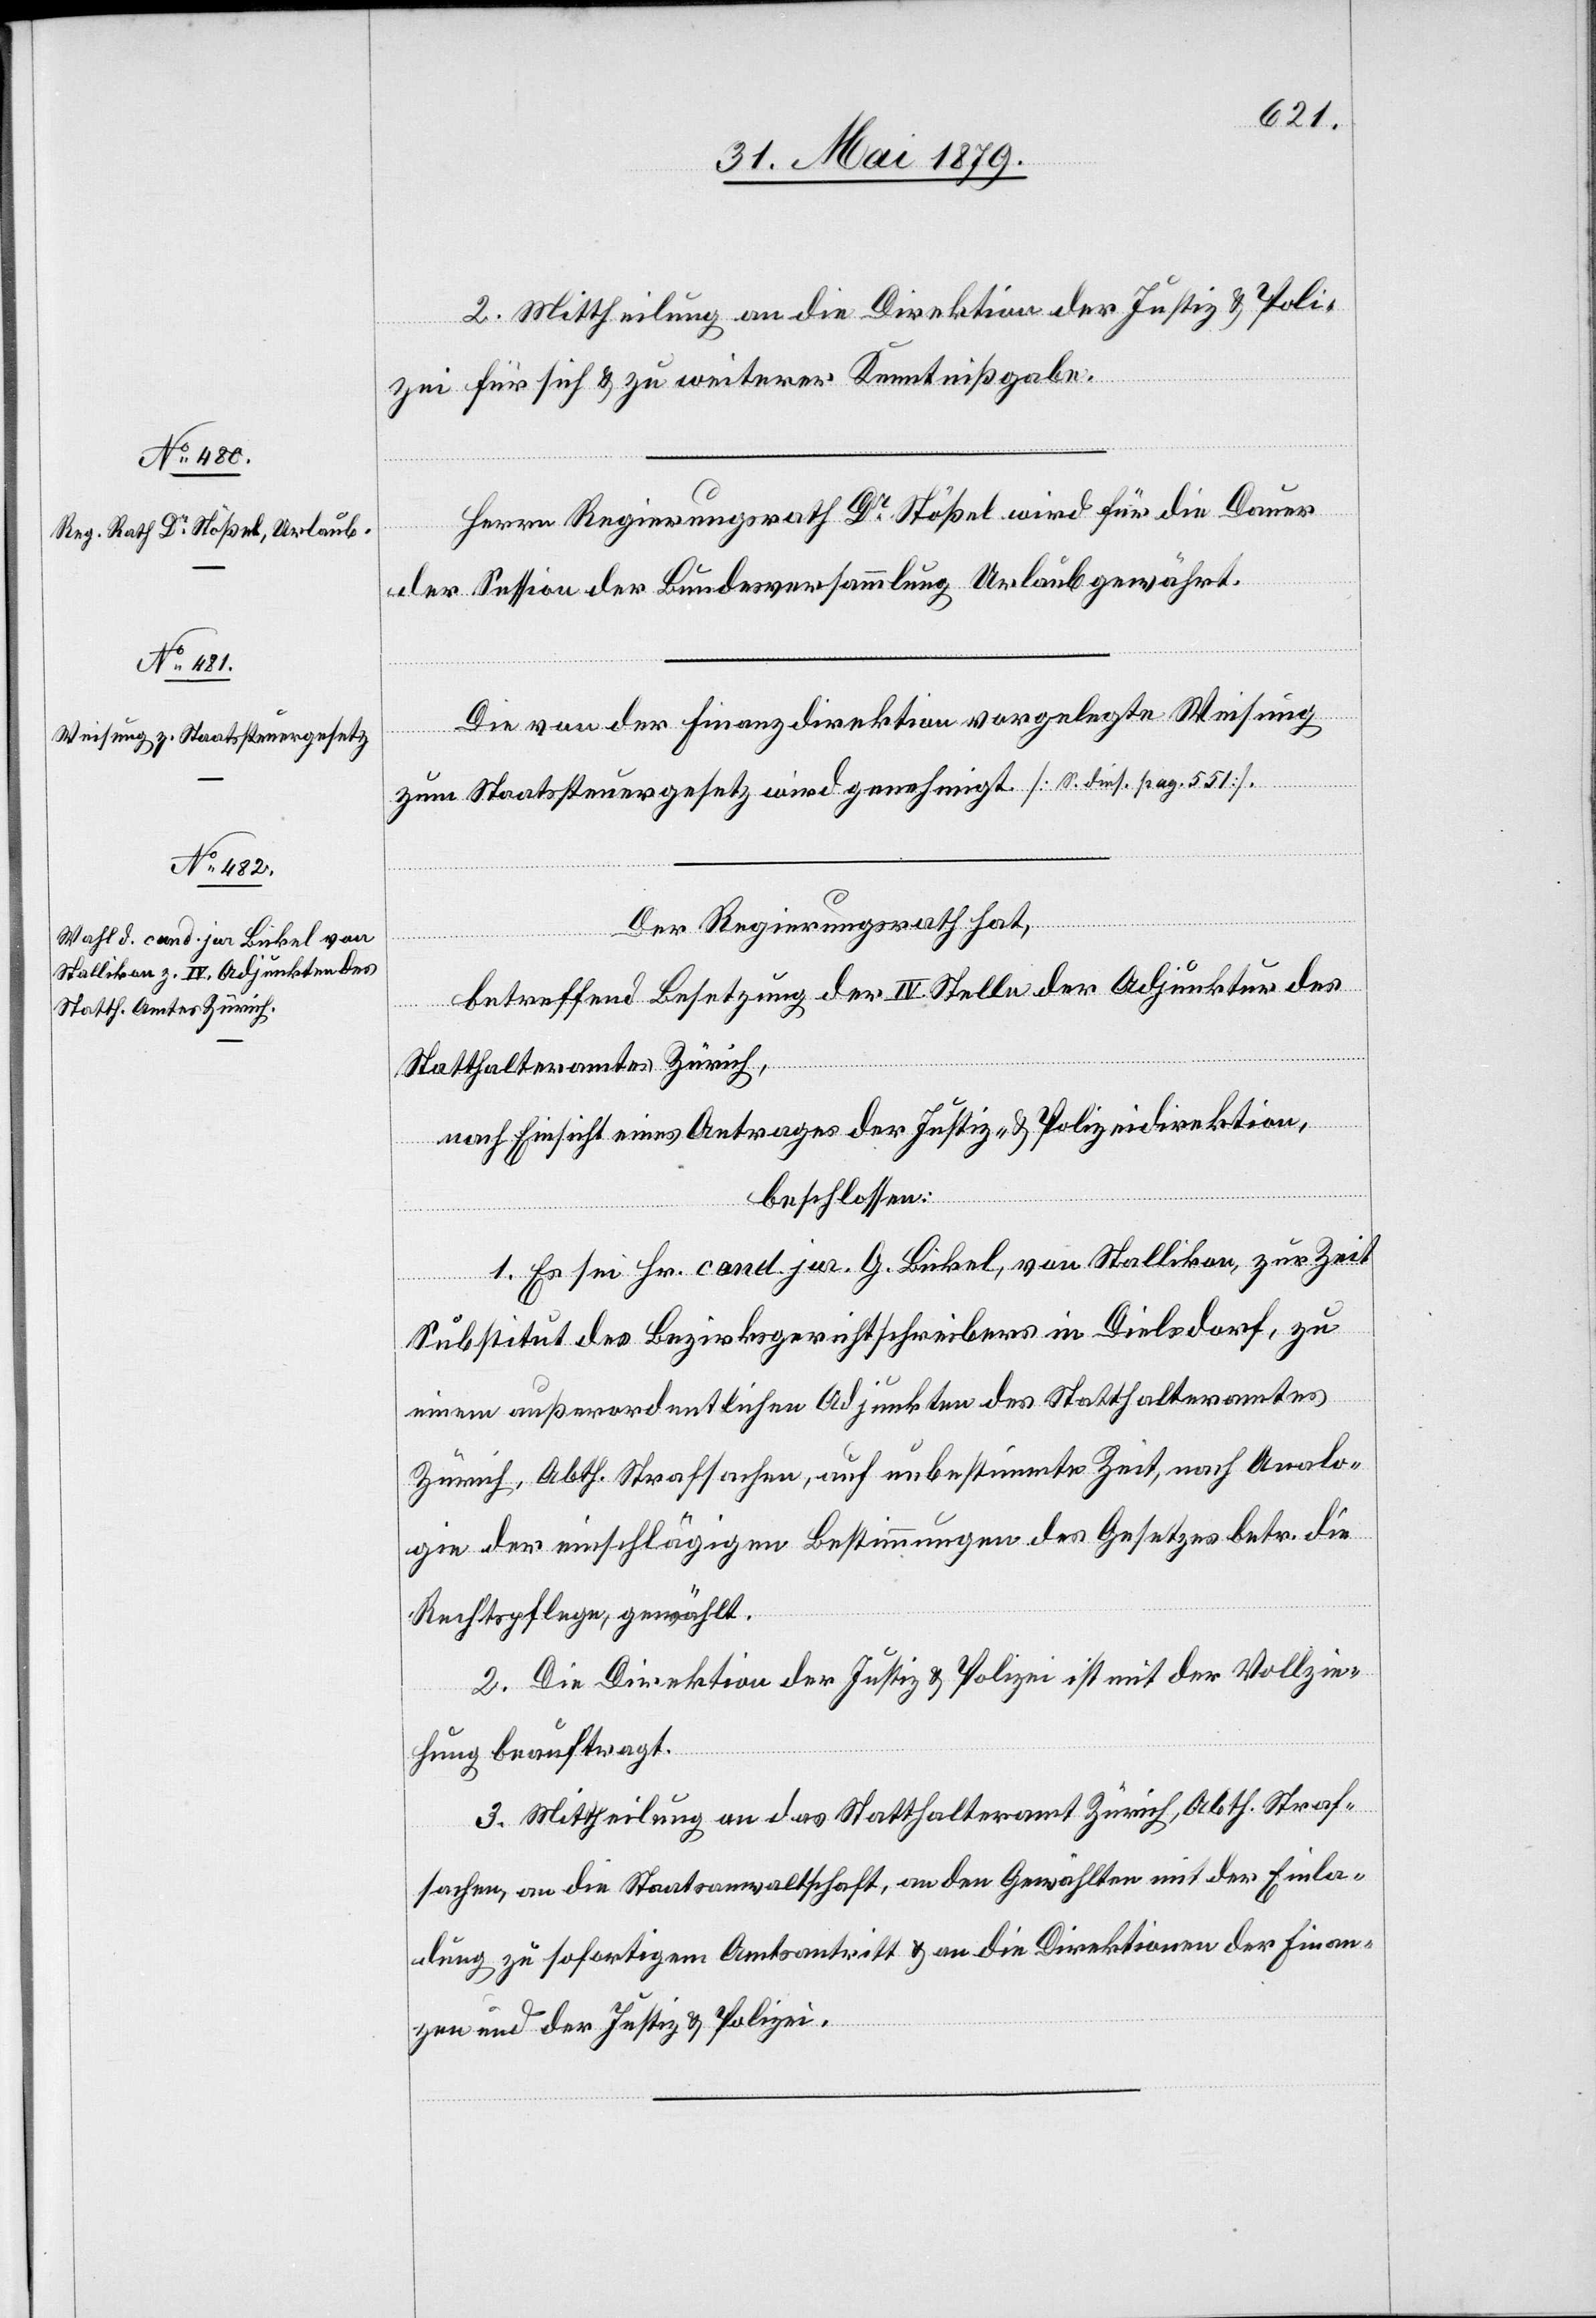
2. Mittheilung an die Direktion der Justiz & Poli¬
zei für sich & zu weiterer Kenntnißgabe.
Herrn Regierungsrath Dr Stößel wird für die Dauer
der Session der Bundesversammlung Urlaub gewährt.
Die von der Finanzdirektion vorgelegte Weisung
zum Staatssteuergesetz wird genehmigt [S. dies. pag. 551].
Der Regierungsrath hat,
betreffend Besetzung der IV. Stelle der Adjunktur des
Statthalteramtes Zürich,
nach Einsicht eines Antrages der Justiz- & Polizeidirektion,
beschlossen:
1. Es sei Hr. cand. jur. G. Bickel, von Stallikon, zur Zeit
Substitut des Bezirksgerichtschreibers in Dielsdorf, zu
einem außerordentlichen Adjunkten des Statthalteramtes
Zürich, Abth. Strafsachen, auf unbestimmte Zeit, nach Analo¬
gie der einschlägigen Bestimmungen des Gesetzes betr. die
Rechtspflege, gewählt.
2. Die Direktion der Justiz & Polizei ist mit der Vollzie¬
hung beauftragt.
3. Mittheilung an das Statthalteramt Zürich, Abth. Straf¬
sachen, an die Staatsanwaltschaft, an den Gewählten mit der Einla¬
dung zu sofortigem Amtsantritt & an die Direktionen der Finan¬
zen und der Justiz & Polizei.